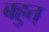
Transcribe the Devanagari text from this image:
बहुत्‌